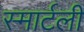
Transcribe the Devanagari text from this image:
स्मार्टली